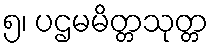
၅၊ ပဌမမိတ္တသုတ္တ